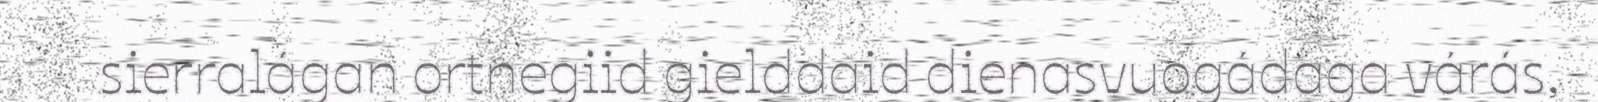
sierralágan ortnegiid gielddaid dienasvuogádaga várás,